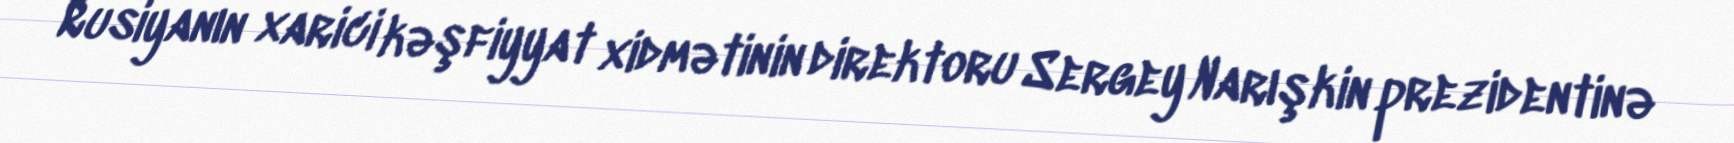
Rusiyanın xarici kəşfiyyat xidmətinin direktoru Sergey Narışkin prezidentinə